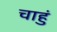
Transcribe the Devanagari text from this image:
चाहुं